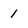
Character: 1